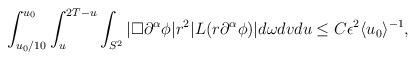
LaTeX: \begin{align*} \begin{aligned} \int_{u_0 / 10}^{u_0} \int_u^{2 T - u} \int_{S^2} |\Box \partial^\alpha \phi| r^2 |L(r \partial^\alpha\phi)| d \omega d v d u \le C \epsilon^2 \langle u_0 \rangle^{-1}, \end{aligned}\end{align*}